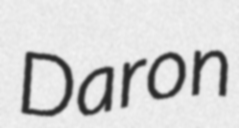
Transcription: Daron